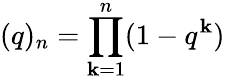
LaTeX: (q)_{n}=\prod_{\mathbf{k}=1}^{n}(1-q^{\mathbf{k}})